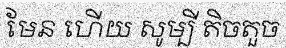
មែន ហើយ សូម្បី តិចតួច